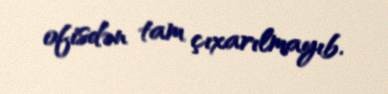
ofisdən tam çıxarılmayıb.